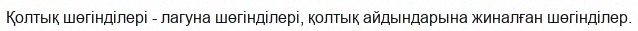
Қолтық шөгінділері - лагуна шөгінділері, қолтық айдындарына жиналған шөгінділер.